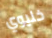
خليوي